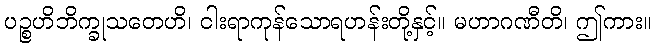
ပဉ္စဟိဘိက္ခုသတေဟိ၊ ငါးရာကုန်သောရဟန်းတို့နှင့်။ မဟာဂဏီတိ၊ ဤကား။